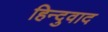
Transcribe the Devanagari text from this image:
हिन्दुवाद